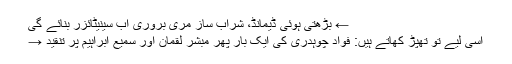
← بڑھتی ہوئی ڈیمانڈ، شراب ساز مری بروری اب سینیٹائزر بنائے گی
اسی لیے تو تھپڑ کھاتے ہیں: فواد چوہدری کی ایک بار پھر مبشر لقمان اور سمیع ابراہیم پر تنقید →